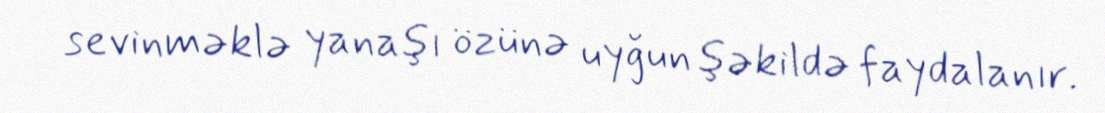
sevinməklə yanaşı özünə uyğun şəkildə faydalanır.